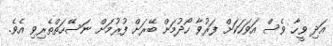
އަދި ވީހާ ވެސް އަވަހަކަށް ފަރުވާ ހޯދުމަށް ބޭރަށް ފުރުމަށް ނަސޭހަތްތެރިވި އެވެ.